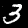
Digit: 3